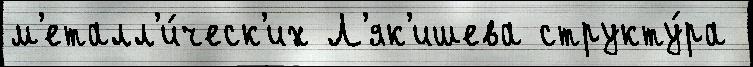
м'еталл'и́ческ'их Л'як'ишева структу́ра